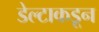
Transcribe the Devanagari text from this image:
डेल्टाकडून